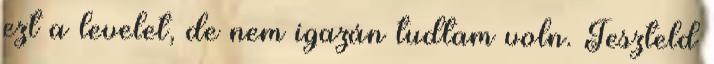
ezt a levelet, de nem igazán tudtam voln. Teszteld